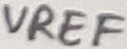
Text: VREF